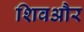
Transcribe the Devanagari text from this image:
शिवऔर